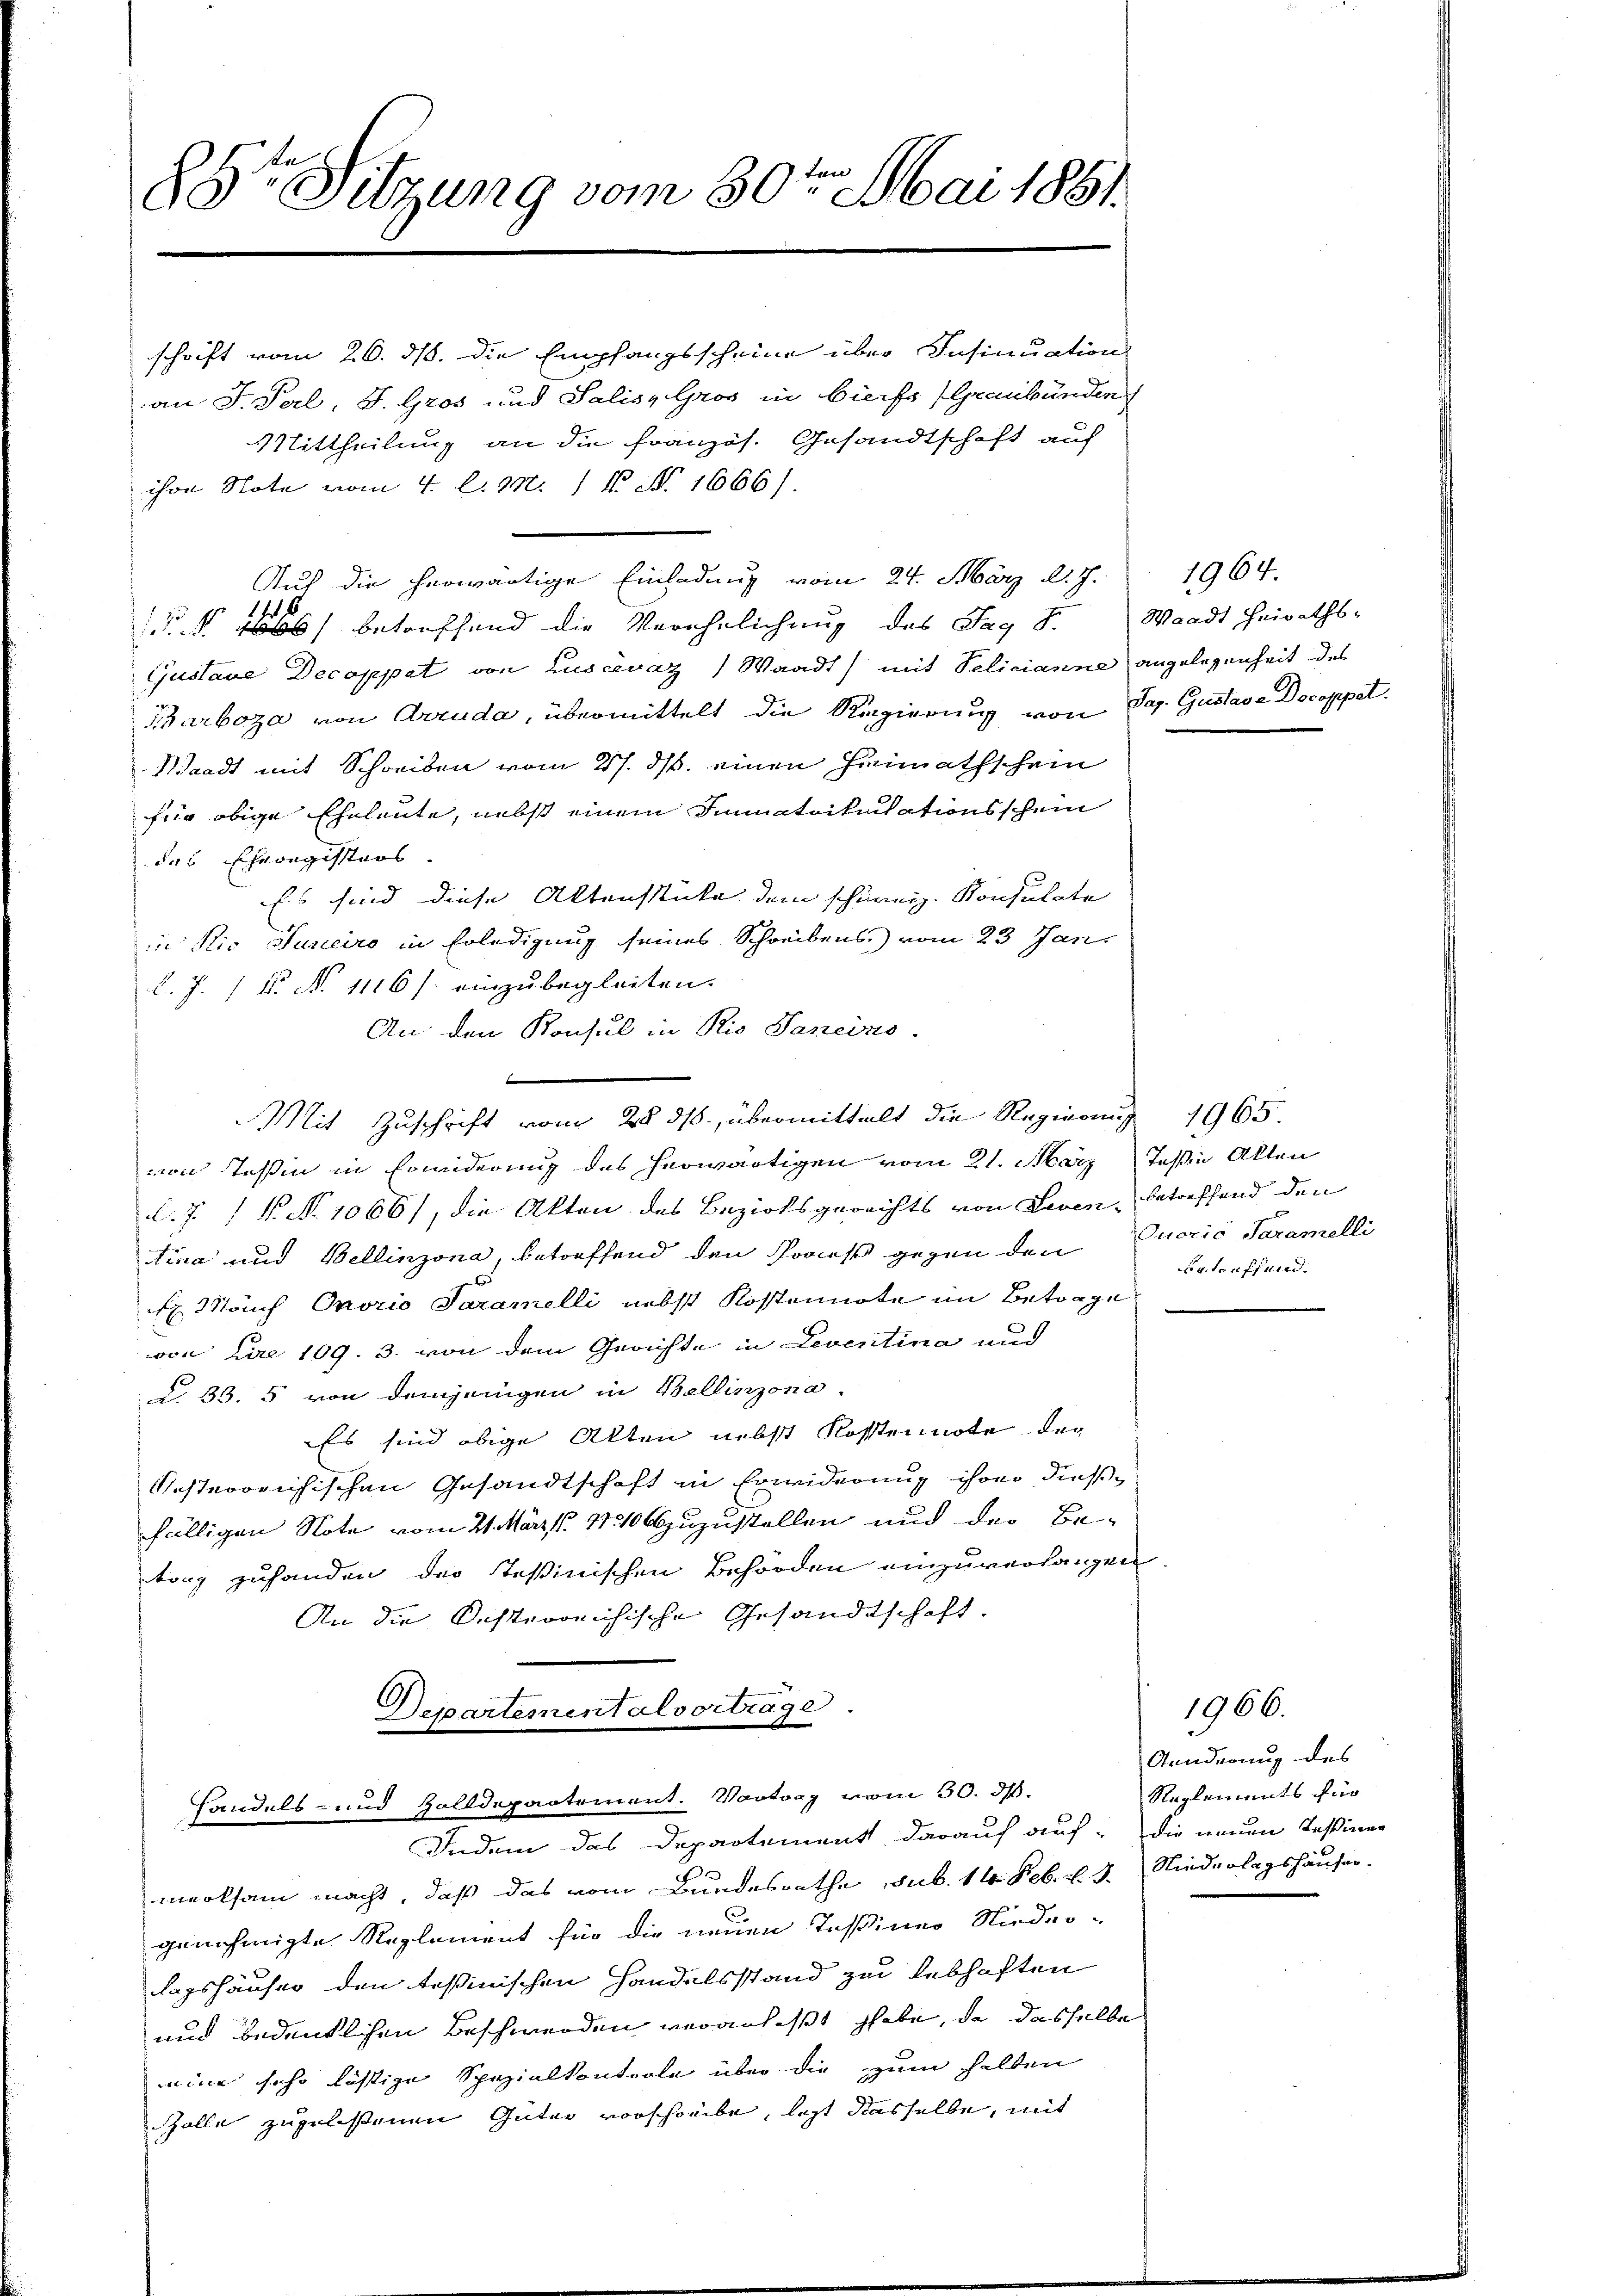
85te Sitzung vom 30ten Mai 1851.

schrift vom 26. ds. die Empfangsscheine über Insinuation
an J. Perl, S. Gros und Salis, Gros in Bierfs (Graubünden
Auf die herwärtige Einladung vom 24. März d. J.
 b) betreffend die Verehelichung des Tag S. Waadt Heiraths-
Gustaue Decoppet von Luscevaz) Waadt) mit Pelicianne angelegenheit des
Sarboza von Arruda, übermittelt die Regierung von Sap. Gustava Docoppet
Waadt mit Schreiben vom 27. ds. einen Heimathschein
für obige Eheleute, nebst einem Immatrikulationsschein
des Eheregisters
Es sind diese Aktensstücke dem schürniz. Konsulate
in Nie Juniciro in Erledigung seines Schreibens vom 23. Jan.
l. J. 18. No 1116/. einzubegleiten.
An den Konsul in Rio Saneins

Mit Zuschrift vom 28. ds., übermittelt die Regierung 1865.
von Tessin in Erwiderung des herwärtigen vom 21. März Tessin Akten
.7. (N. N. 1066), die Akten des Bezirksgerichts von Leven, betreffend den
tina und Bellinzona, betreffend den Proceß gegen den Quorić, Saramelli
x Mach Onorio Saramelli nebst Kostennote im Betrage
von die 109. 3. von dem Gerichte in Leventina und
§. 33. 5 von demjenigen in Bellinzona.
Es sind obige Akten nebst Kostennote des
vesterrichischen Gesandtschaft in Erwiderung ihrer dießfälligen Note vom 21. März d. 10 zuzustellen und der Be-
torz zuhanden der Teßinischen Behörden einzuverlangen
An die Resterreichische Gesandtschaft.
Departementalvorträge

Mittheilung an die Französ. Gesandtschaft auf
ihre Note vom 4. l. M. 1 N. N. 1666).

handels- und Zolldepartement. Vortrag vom 30. ds.
Indem das Departement darauf auf die neuen Tessiner

1964.

merksam macht, daß das vom Bundesrathe sub. 14. Feb. v. 3. Niederlagshäuser.
genehmigte Reglement für die neuen Teßiner Nieder-
lagshäuser den Teßinischen Handelsstand zu lebhaften
und bedeutlichen Beschwerden veranlaßt habe, da dasselbe
eine scho lästige Spezialkontrole über die zum halten
Galle zugelassenen Güter vorschreibe, lezt dasselbe, mit

Betreffend.

1966.
Gunderung des
Reglements für